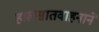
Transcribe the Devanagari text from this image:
हालसातवाहनाने